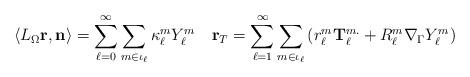
LaTeX: \begin{align*}\left\langle L_{\Omega}\mathbf{r},\mathbf{n}\right\rangle =\sum_{\ell=0}^{\infty}\sum_{m\in\iota_{\ell}}\kappa_{\ell}^{m}Y_{\ell}^{m}\quad\mathbf{r}_{T}=\sum_{\ell=1}^{\infty}\sum_{m\in\iota_{\ell}}\left( r_{\ell}^{m}\mathbf{T}_{\ell}^{m.}+R_{\ell}^{m}\nabla_{\Gamma}Y_{\ell}^{m}\right) \end{align*}